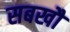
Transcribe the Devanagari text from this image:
सबखौं